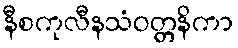
နီစကုလီနသံဝတ္တနိကာ